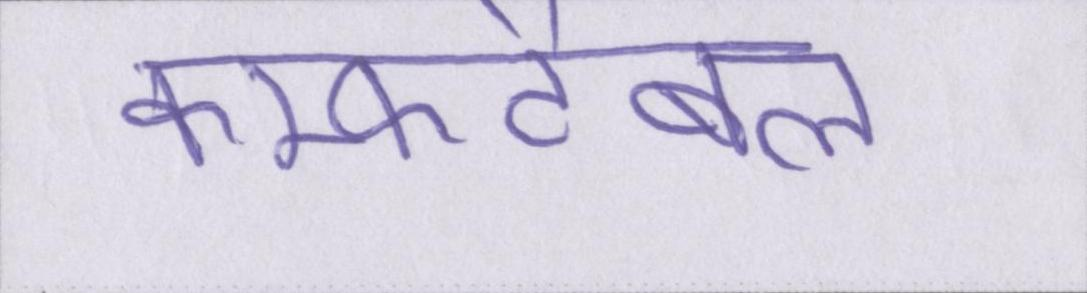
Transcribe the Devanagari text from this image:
कम्फर्टेबल